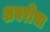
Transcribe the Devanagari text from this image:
शबरीचा